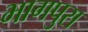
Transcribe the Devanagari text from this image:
भागपुरा